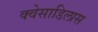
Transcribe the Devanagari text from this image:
क्वेसाडिलास